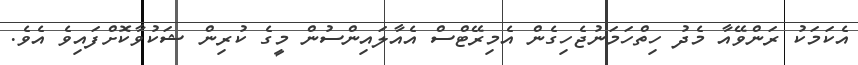
އެކަމަކު ރަންވޭއާ މެދު ހިތްހަމަނުޖެހިގެން އެމިރޭޓްސް އެއާލައިންސުން މީގެ ކުރިން ޝަކުވާކޮށްފައިވެ އެވެ.